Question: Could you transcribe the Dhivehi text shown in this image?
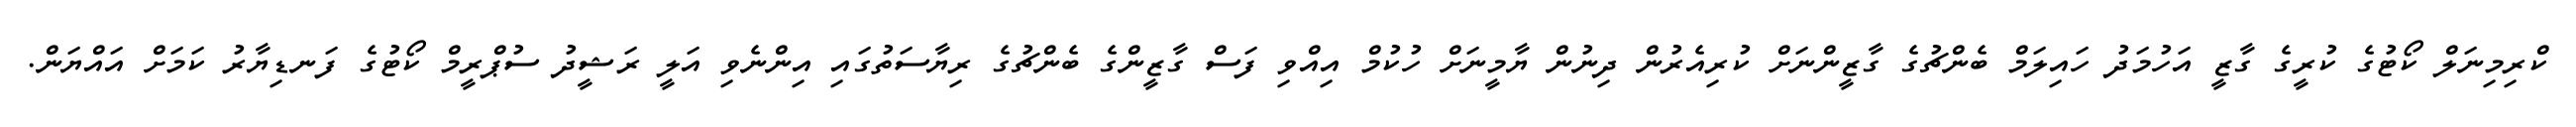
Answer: ކްރިމިނަލް ކޯޓުގެ ކުރީގެ ގާޒީ އަހުމަދު ހައިލަމް ބެންޗުގެ ގާޒީންނަށް ކުރިއެރުން ދިނުން ޔާމީނަށް ހުކުމް އިއްވި ފަސް ގާޒީންގެ ބެންޗުގެ ރިޔާސަތުގައި އިންނެވި އަލީ ރަޝީދު ސުޕްރީމް ކޯޓުގެ ފަނޑިޔާރު ކަމަށް އައްޔަން.